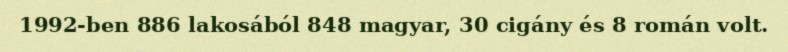
1992-ben 886 lakosából 848 magyar, 30 cigány és 8 román volt.